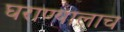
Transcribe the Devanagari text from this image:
घराण्यालाच